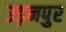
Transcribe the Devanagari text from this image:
उड़नपुर